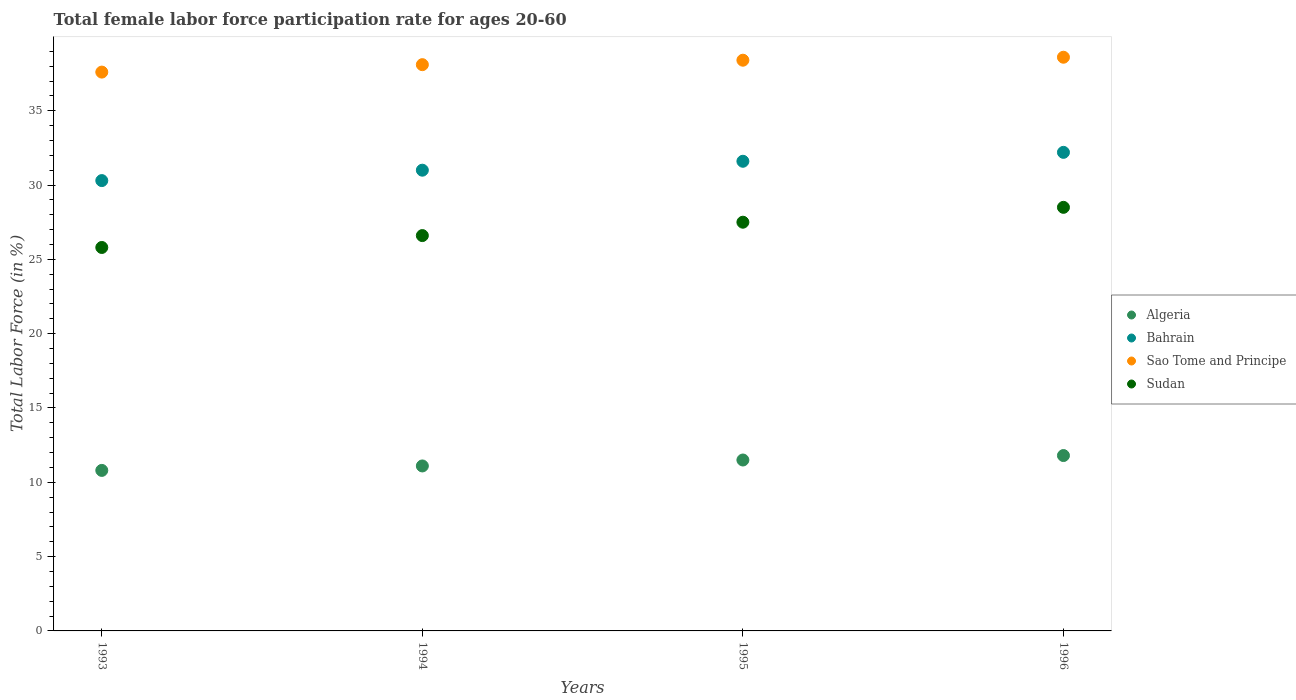
| Years | Algeria | Bahrain | Sao Tome and Principe | Sudan |
 | --- | --- | --- | --- | --- |
 | 1993 | 10.8 | 30.3 | 37.6 | 25.8 |
 | 1994 | 11.1 | 31 | 38.1 | 26.6 |
 | 1995 | 11.5 | 31.6 | 38.4 | 27.5 |
 | 1996 | 11.8 | 32.2 | 38.6 | 28.5 |